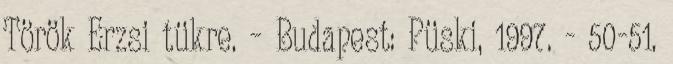
Török Erzsi tükre. – Budapest: Püski, 1997. - 50-51.